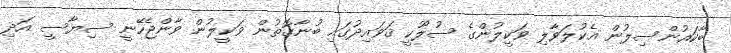
ބާކައުންސިލުން އެކުލަވާލި ވަކީލުންގެ ސުލޫކީ ޤަވައިދުގައި ބުނާގޮތުން ވަކީލުން ވާންޖެހޭނީ ސިޔާސީ އަދި